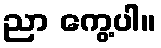
ညာ ကွေ့ပါ။